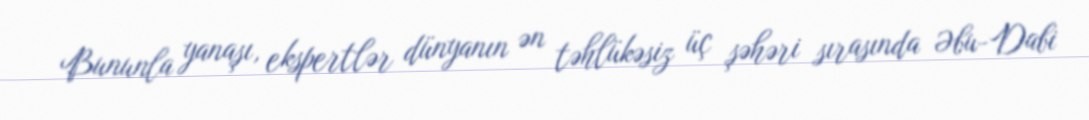
Bununla yanaşı, ekspertlər dünyanın ən təhlükəsiz üç şəhəri sırasında Əbu-Dabi